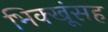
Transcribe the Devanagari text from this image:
भिक्खूंसह